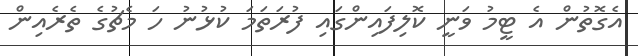
އެގޮތުން އެ ޓީމު ވަނީ ކޮލިފައިންގައި ފުރަތަމަ ކުޅުނު ހަ މެޗުގެ ތެރެއިން